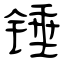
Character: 锤